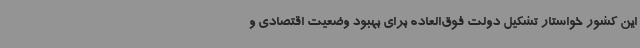
این کشور خواستار تشکیل دولت فوق‌العاده برای بهبود وضعیت اقتصادی و